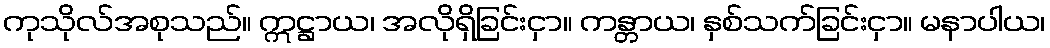
ကုသိုလ်အစုသည်။ ဣဋ္ဌာယ၊ အလိုရှိခြင်းငှာ။ ကန္တာယ၊ နှစ်သက်ခြင်းငှာ။ မနာပါယ၊